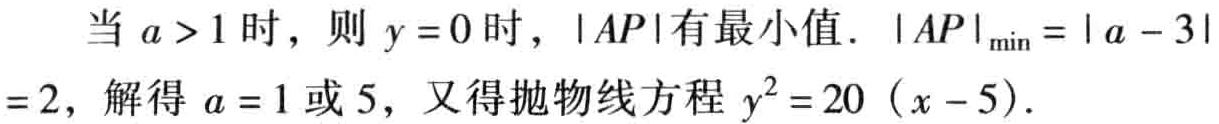
当 \(a > 1\) 时，则 \(y = 0\) 时，\(\vert AP\vert\) 有最小值. \(\vert AP\vert_{\min}=\vert a - 3\vert=2\)，解得 \(a = 1\) 或 \(5\)，又得抛物线方程 \(y^{2}=20(x - 5)\).